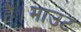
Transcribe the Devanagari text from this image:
है।माउंट